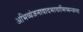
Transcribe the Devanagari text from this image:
अभिव्यंजनावादभावाभिव्यन्जना